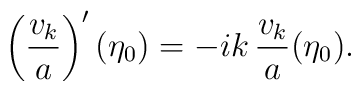
\left(\frac{v_k}{a}\right)'(\eta_0)=-i k \,\frac{v_k}{a}(\eta_0).